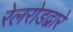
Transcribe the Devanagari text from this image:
रेलरोडद्वारे